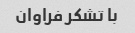
با تشکر فراوان